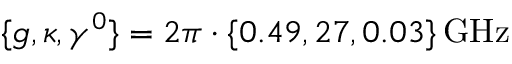
\{ g , \kappa , \gamma ^ { 0 } \} = 2 \pi \cdot \{ 0 . 4 9 , 2 7 , 0 . 0 3 \} \, \mathrm { G H z }